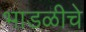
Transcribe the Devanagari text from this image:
भाडळीचे